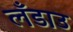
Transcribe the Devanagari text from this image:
लँडाउ